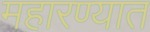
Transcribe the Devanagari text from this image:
महारण्यात